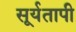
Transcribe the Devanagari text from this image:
सूर्यतापी